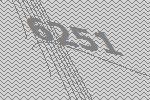
6251